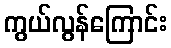
ကွယ်လွန်ကြောင်း